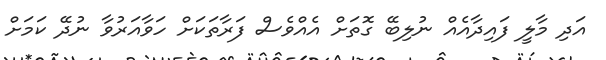
އަދި މާލީ ފައިދާއެއް ނުލިބޭ ގޮތަށް އެއްވެސް ފަރާތަކަށް ހަވާއަރުވާ ނުދޭ ކަމަށް